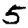
Digit: 5